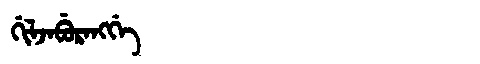
Manchu: ᡤᡳᠯᠵᠠᠪᡠᡵᠠᠩᡤᡝ
Romanization: GILJABURANGGE